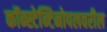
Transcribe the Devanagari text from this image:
कॉन्स्टेन्टिनोपलवरील